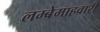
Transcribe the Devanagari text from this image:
लम्बेमाहवारी